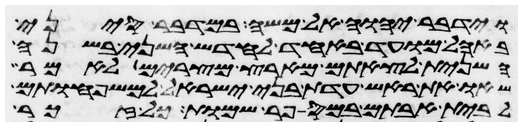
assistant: וידבר יהוה אל משה במדבר סיני
באהל מועד באחד לחדש השני בשנה
השנית לצאתם מארץ מצרים לאמר
שאו את ראש עדת בני ישראל למשפחותם
לבית אבותם במספר שמות כל זכר